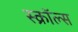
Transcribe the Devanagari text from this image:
स्क्रॉल्स